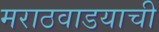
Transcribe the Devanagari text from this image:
मराठवाडयाची